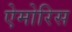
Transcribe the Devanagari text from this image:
ऐमोरिस